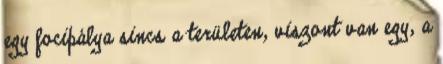
egy focipálya sincs a területen, viszont van egy, a